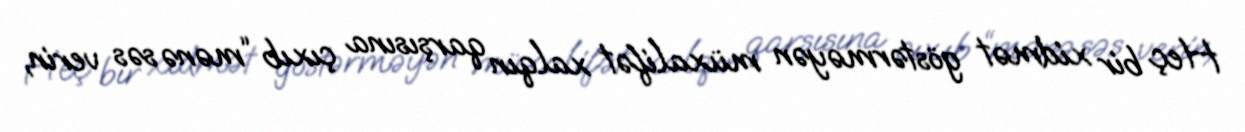
Heç bir xidmət göstərməyən müxalifət xalqın qarşısına çıxıb “mənə səs verin,